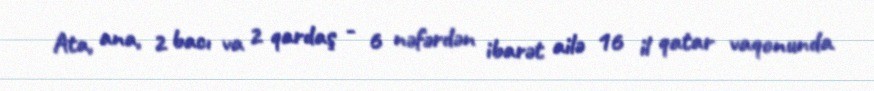
Ata, ana, 2 bacı va 2 qardaş - 6 nəfərdən ibarət ailə 16 il qatar vaqonunda